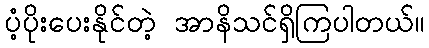
ပံ့ပိုးပေးနိုင်တဲ့ အာနိသင်ရှိကြပါတယ်။